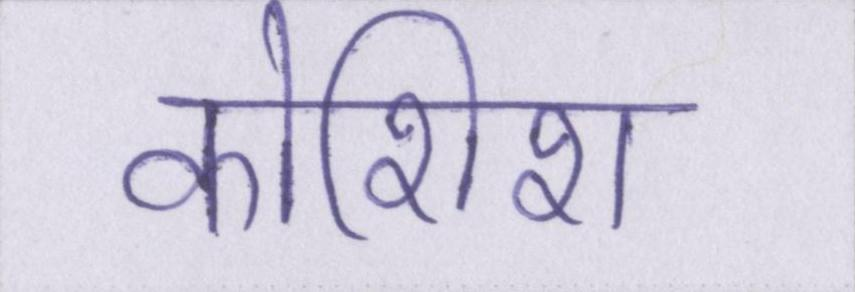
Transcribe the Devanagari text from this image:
कोशिश